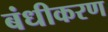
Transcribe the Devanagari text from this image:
बंधीकरण